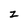
Character: z